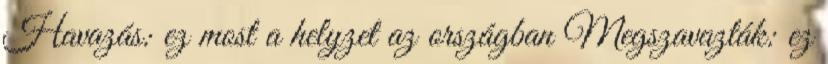
Havazás: ez most a helyzet az országban Megszavazták: ez